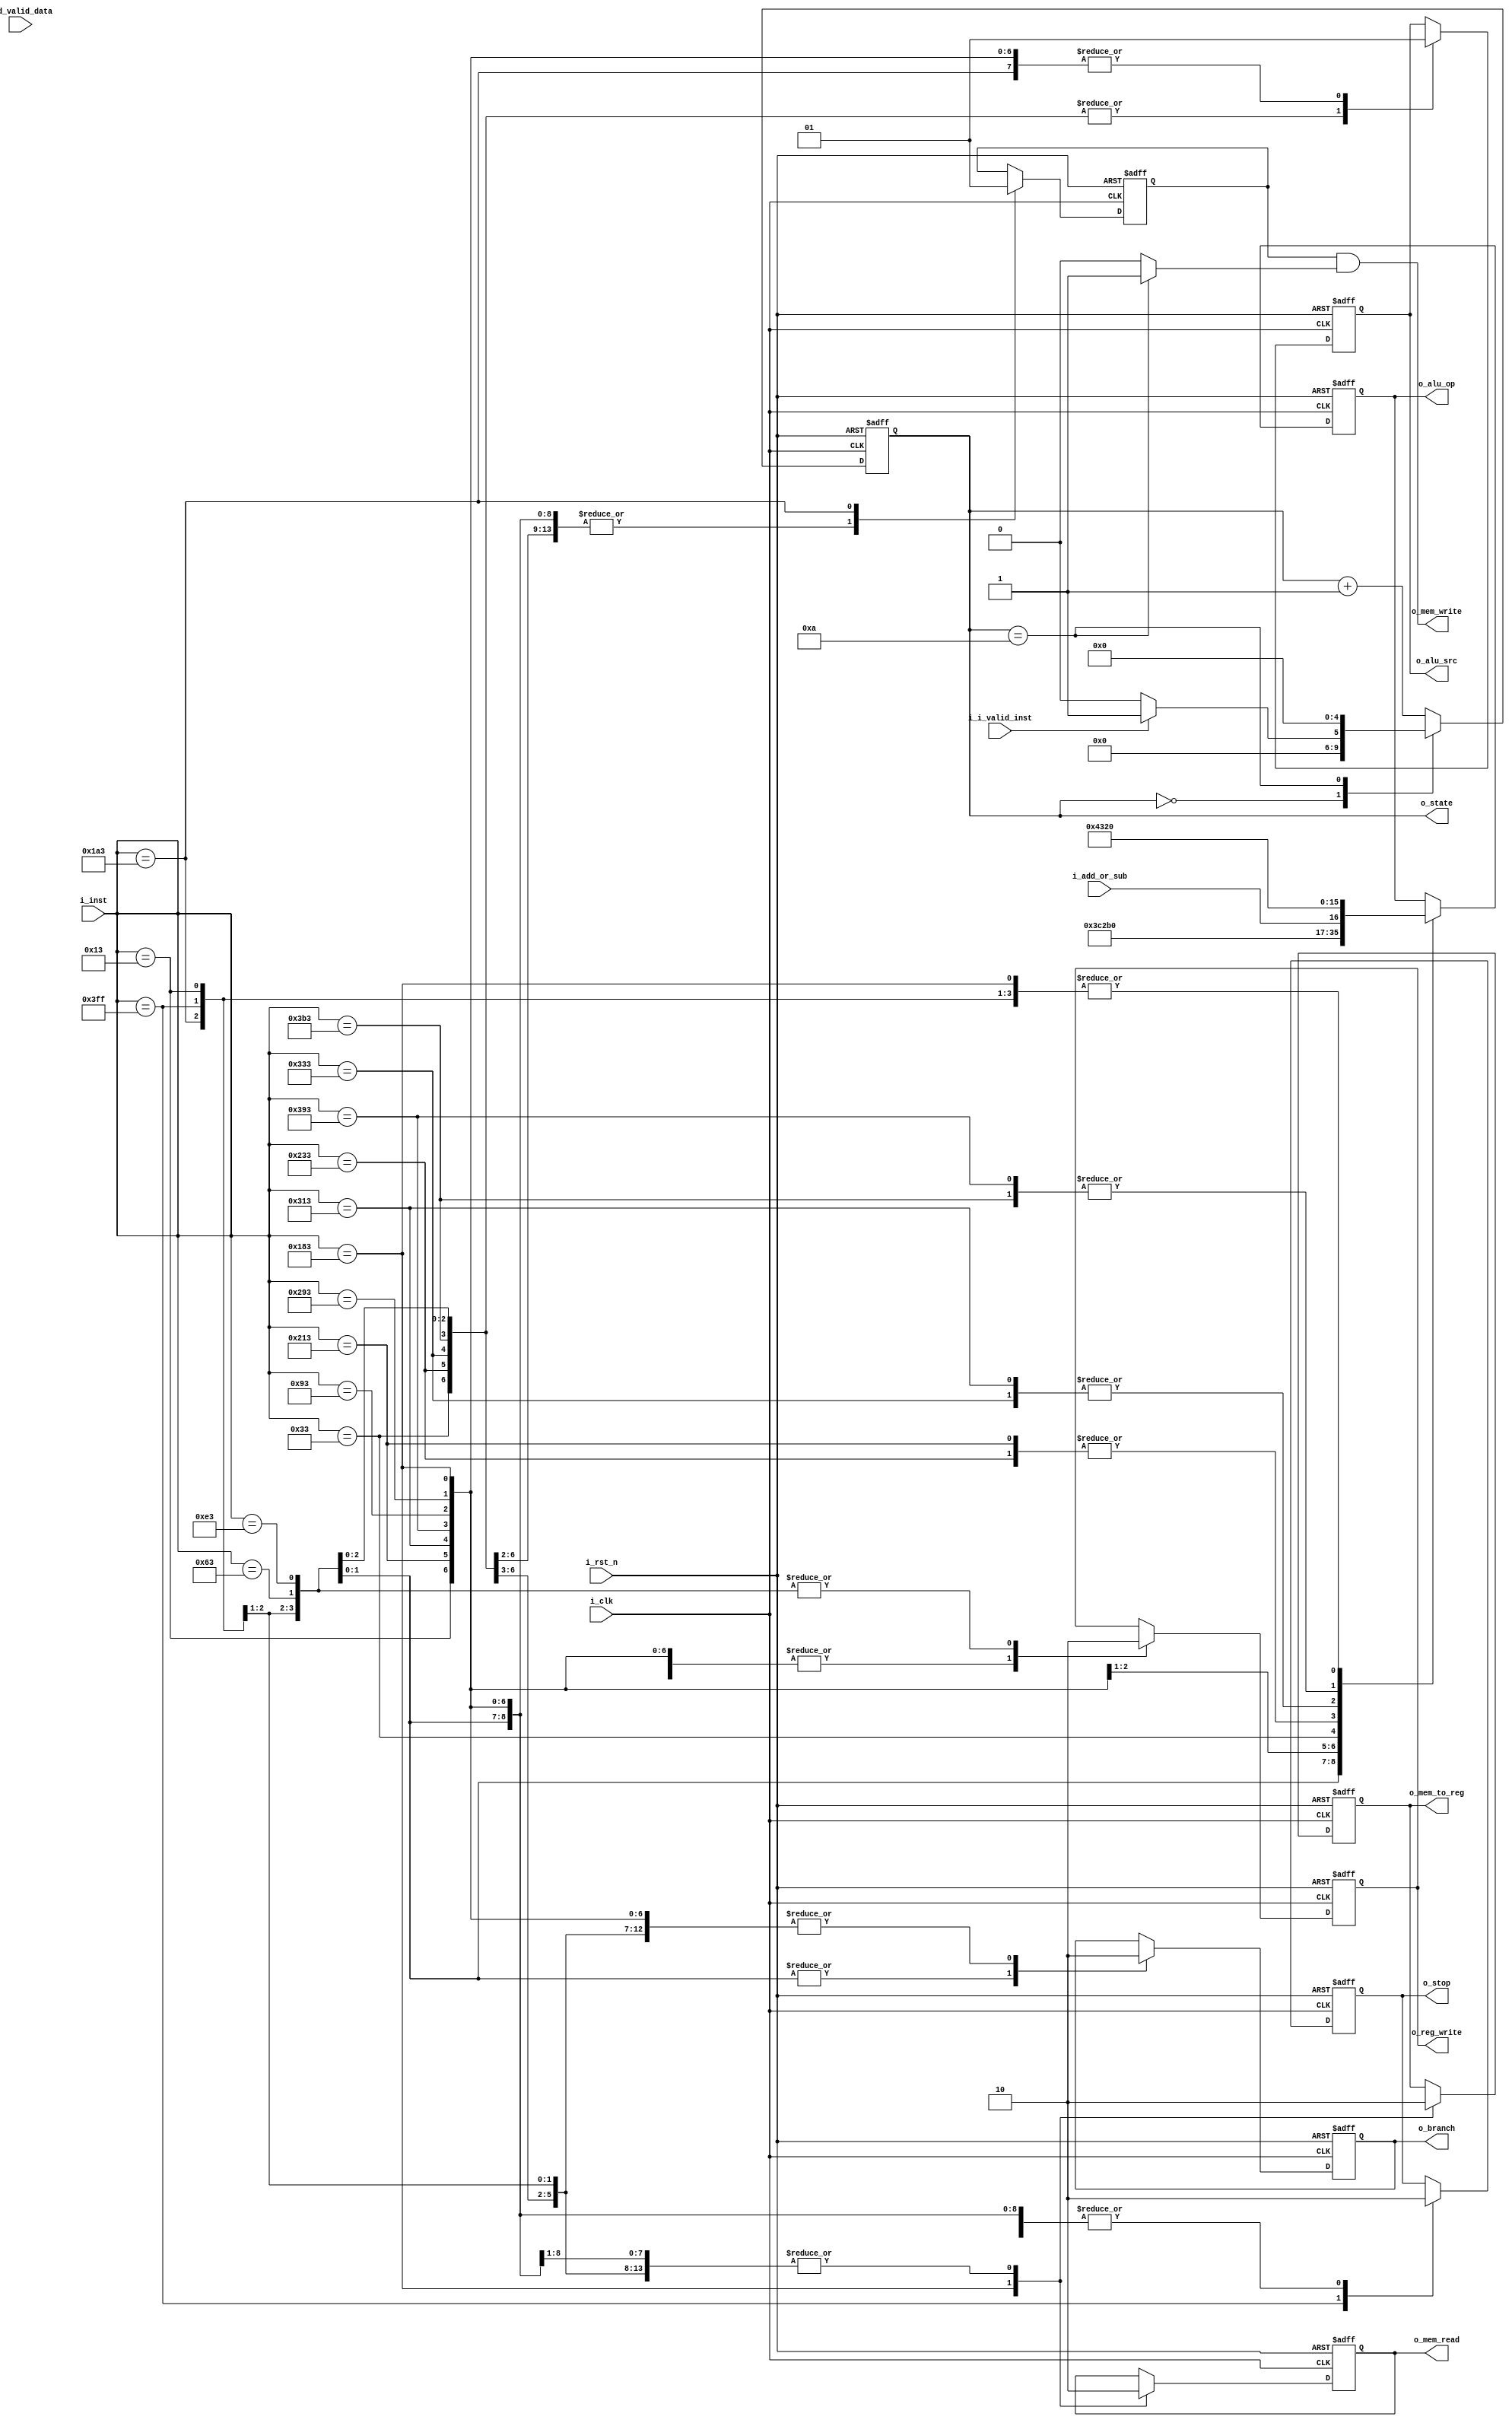
module decoder #(
    parameter OPCODE_W = 10
)(
    input                     i_clk,
    input                     i_rst_n,
    input                     i_d_valid_data,
    input                     i_i_valid_inst,
    input                     i_add_or_sub,
    input  [ OPCODE_W-1 : 0 ] i_inst,
    output [          3 : 0 ] o_alu_op,
    output                    o_alu_src,
    output                    o_branch,
    output                    o_mem_read,
    output                    o_mem_write,
    output                    o_mem_to_reg,
    output                    o_reg_write,
    output                    o_stop,
    output [          4 : 0 ] o_state
);

reg [ 3 : 0 ] o_alu_op_r,     o_alu_op_w;
reg           o_alu_src_r,    o_alu_src_w;
reg           o_branch_r,     o_branch_w;
reg           o_mem_read_r,   o_mem_read_w;
reg           o_mem_write_r,  o_mem_write_w;
reg           o_mem_to_reg_r, o_mem_to_reg_w;
reg           o_reg_write_r,  o_reg_write_w;
reg           o_stop_r,       o_stop_w;
reg [ 4 : 0 ] state, state_w;
reg           canWrite;

assign o_alu_op     = o_alu_op_r;
assign o_alu_src    = o_alu_src_r;
assign o_branch     = o_branch_r;
assign o_mem_read   = o_mem_read_r;
assign o_mem_write  = o_mem_write_r  & canWrite;
assign o_mem_to_reg = o_mem_to_reg_r;
assign o_reg_write  = o_reg_write_r;
assign o_stop       = o_stop_r;
assign o_state      = state;

always @(*) begin
    case (state)
        0: begin
            if (i_i_valid_inst) begin
                state_w  = 1;
                canWrite = 0;
            end else begin
                state_w  = 0;
                canWrite = 0;
            end
        end
        10: begin
            state_w  = 0;
            canWrite = 1;
        end
        default: begin
            state_w  = state + 1;
            canWrite = 0;
        end
    endcase
end

always @(*) begin
    case (i_inst)
        10'b1111111111 : begin  // eof
            o_alu_op_w     = 4'd0;
            o_alu_src_w    = 0;
            o_branch_w     = 0;
            o_mem_read_w   = 0;
            o_mem_write_w  = 0;
            o_mem_to_reg_w = 0;
            o_reg_write_w  = 0;
            o_stop_w       = 1;
        end
        10'b0001100011 : begin  // beq
            o_alu_op_w     = 4'd7; // eq
            o_alu_src_w    = 0;
            o_branch_w     = 1;
            o_mem_read_w   = 0;
            o_mem_write_w  = 0;
            o_mem_to_reg_w = 0;
            o_reg_write_w  = 0;
            o_stop_w       = 0;
        end
        10'b0011100011 : begin  // bne
            o_alu_op_w     = 4'd8; // ne
            o_alu_src_w    = 0;
            o_branch_w     = 1;
            o_mem_read_w   = 0;
            o_mem_write_w  = 0;
            o_mem_to_reg_w = 0;
            o_reg_write_w  = 0;
            o_stop_w       = 0;
        end
        10'b0000010011 : begin  // addi
            o_alu_op_w     = 4'd0; // add
            o_alu_src_w    = 1;
            o_branch_w     = 0;
            o_mem_read_w   = 0;
            o_mem_write_w  = 0;
            o_mem_to_reg_w = 0;
            o_reg_write_w  = 1;
            o_stop_w       = 0;
        end
        10'b1000010011 : begin  // xori
            o_alu_op_w     = 4'd4; // xor
            o_alu_src_w    = 1;
            o_branch_w     = 0;
            o_mem_read_w   = 0;
            o_mem_write_w  = 0;
            o_mem_to_reg_w = 0;
            o_reg_write_w  = 1;
            o_stop_w       = 0;
        end
        10'b1100010011 : begin  // ori
            o_alu_op_w     = 4'd3; // or
            o_alu_src_w    = 1;
            o_branch_w     = 0;
            o_mem_read_w   = 0;
            o_mem_write_w  = 0;
            o_mem_to_reg_w = 0;
            o_reg_write_w  = 1;
            o_stop_w       = 0;
        end
        10'b1110010011 : begin  // andi
            o_alu_op_w     = 4'd2; // and
            o_alu_src_w    = 1;
            o_branch_w     = 0;
            o_mem_read_w   = 0;
            o_mem_write_w  = 0;
            o_mem_to_reg_w = 0;
            o_reg_write_w  = 1;
            o_stop_w       = 0;
        end
        10'b0010010011 : begin  // slli
            o_alu_op_w     = 4'd5; // sl
            o_alu_src_w    = 1;
            o_branch_w     = 0;
            o_mem_read_w   = 0;
            o_mem_write_w  = 0;
            o_mem_to_reg_w = 0;
            o_reg_write_w  = 1;
            o_stop_w       = 0;
        end
        10'b1010010011 : begin  // srli
            o_alu_op_w     = 4'd6; // sr
            o_alu_src_w    = 1;
            o_branch_w     = 0;
            o_mem_read_w   = 0;
            o_mem_write_w  = 0;
            o_mem_to_reg_w = 0;
            o_reg_write_w  = 1;
            o_stop_w       = 0;
        end
        10'b0000110011 : begin  // add
            o_alu_op_w     = {3'd0, i_add_or_sub}; // add
            o_alu_src_w    = 0;
            o_branch_w     = 0;
            o_mem_read_w   = 0;
            o_mem_write_w  = 0;
            o_mem_to_reg_w = 0;
            o_reg_write_w  = 1;
            o_stop_w       = 0;
        end
        10'b0000110011 : begin  // sub
            o_alu_op_w     = 4'd1; // sub
            o_alu_src_w    = 0;
            o_branch_w     = 0;
            o_mem_read_w   = 0;
            o_mem_write_w  = 0;
            o_mem_to_reg_w = 0;
            o_reg_write_w  = 1;
            o_stop_w       = 0;
        end
        10'b1000110011 : begin  // xor
            o_alu_op_w     = 4'd4; // xor
            o_alu_src_w    = 0;
            o_branch_w     = 0;
            o_mem_read_w   = 0;
            o_mem_write_w  = 0;
            o_mem_to_reg_w = 0;
            o_reg_write_w  = 1;
            o_stop_w       = 0;
        end
        10'b1100110011 : begin  // or
            o_alu_op_w     = 4'd3; // or
            o_alu_src_w    = 0;
            o_branch_w     = 0;
            o_mem_read_w   = 0;
            o_mem_write_w  = 0;
            o_mem_to_reg_w = 0;
            o_reg_write_w  = 1;
            o_stop_w       = 0;
        end
        10'b1110110011 : begin  // and
            o_alu_op_w     = 4'd2; // and
            o_alu_src_w    = 0;
            o_branch_w     = 0;
            o_mem_read_w   = 0;
            o_mem_write_w  = 0;
            o_mem_to_reg_w = 0;
            o_reg_write_w  = 1;
            o_stop_w       = 0;
        end
        10'b0110000011 : begin  // ld
            o_alu_op_w     = 4'd0; // add
            o_alu_src_w    = 1;
            o_branch_w     = 0;
            o_mem_read_w   = 1;
            o_mem_write_w  = 0;
            o_mem_to_reg_w = 1;
            o_reg_write_w  = 1;
            o_stop_w       = 0;
        end
        10'b0110100011 : begin  // sd
            o_alu_op_w     = 4'd0; // add
            o_alu_src_w    = 1;
            o_branch_w     = 0;
            o_mem_read_w   = 0;
            o_mem_write_w  = 1;
            o_mem_to_reg_w = 0;
            o_reg_write_w  = 0;
            o_stop_w       = 0;
        end
        default : begin
            o_alu_op_w     = o_alu_op_r;
            o_alu_src_w    = o_alu_src_r;
            o_branch_w     = o_branch_r;
            o_mem_read_w   = o_mem_read_r;
            o_mem_write_w  = o_mem_write_r;
            o_mem_to_reg_w = o_mem_to_reg_r;
            o_reg_write_w  = o_reg_write_r;
            o_stop_w       = o_stop_r;
        end
    endcase
end

always @(posedge i_clk or negedge i_rst_n) begin
    if (!i_rst_n) begin
        o_alu_op_r     <= 0;
        o_alu_src_r    <= 0;
        o_branch_r     <= 0;
        o_mem_read_r   <= 0;
        o_mem_write_r  <= 0;
        o_mem_to_reg_r <= 0;
        o_reg_write_r  <= 0;
        o_stop_r       <= 0;
        state          <= 0;
    end else begin
        o_alu_op_r     <= o_alu_op_w;
        o_alu_src_r    <= o_alu_src_w;
        o_branch_r     <= o_branch_w;
        o_mem_read_r   <= o_mem_read_w;
        o_mem_write_r  <= o_mem_write_w;
        o_mem_to_reg_r <= o_mem_to_reg_w;
        o_reg_write_r  <= o_reg_write_w;
        o_stop_r       <= o_stop_w;
        state          <= state_w;
    end
end
endmodule